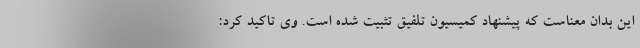
این بدان معناست که پیشنهاد کمیسیون تلفیق تثبیت شده است. وی تاکید کرد: